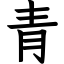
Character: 青